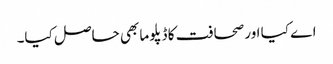
اے کیا اور صحافت کا ڈپلوما بھی حاصل کیا۔